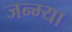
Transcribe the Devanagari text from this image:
जन्म्या